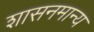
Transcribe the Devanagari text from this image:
शासनमान्‍य